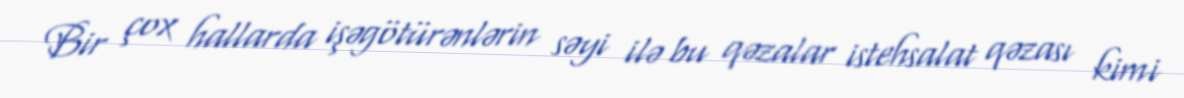
Bir çox hallarda işəgötürənlərin səyi ilə bu qəzalar istehsalat qəzası kimi